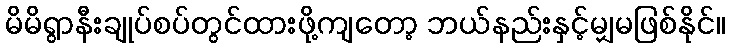
မိမိရွာနီးချုပ်စပ်တွင်ထားဖို့ကျတော့ ဘယ်နည်းနှင့်မျှမဖြစ်နိုင်။